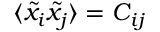
\langle \tilde { x } _ { i } \tilde { x } _ { j } \rangle = C _ { i j }